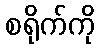
စရိုက်ကို